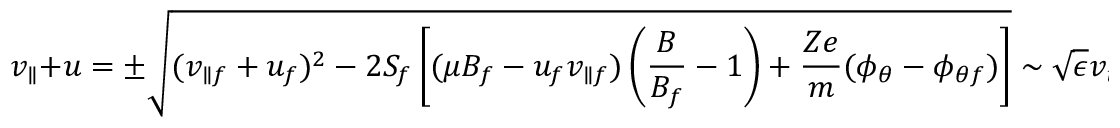
v _ { \parallel } + u = \pm \sqrt { ( v _ { \parallel f } + u _ { f } ) ^ { 2 } - 2 S _ { f } \left[ ( \mu B _ { f } - u _ { f } v _ { \parallel f } ) \left( \frac { B } { B _ { f } } - 1 \right) + \frac { Z e } { m } ( \phi _ { \theta } - \phi _ { \theta f } ) \right] } \sim \sqrt { \epsilon } v _ { t } .